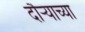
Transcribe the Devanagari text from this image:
दौऱ्याच्या